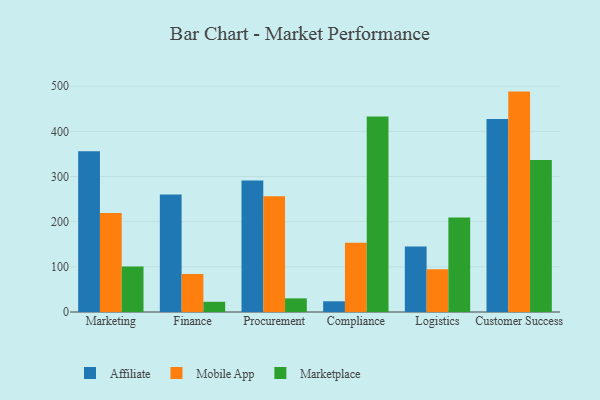
{"axis": {"x": "Department", "y": "Energy Usage (MWh)"}, "legend": ["Affiliate", "Marketplace", "Mobile App"], "data": [{"x": "Marketing", "y": 356.1, "type": "Affiliate"}, {"x": "Marketing", "y": 219.3, "type": "Mobile App"}, {"x": "Marketing", "y": 100.5, "type": "Marketplace"}, {"x": "Finance", "y": 260.3, "type": "Affiliate"}, {"x": "Finance", "y": 84.1, "type": "Mobile App"}, {"x": "Finance", "y": 22.6, "type": "Marketplace"}, {"x": "Procurement", "y": 291.3, "type": "Affiliate"}, {"x": "Procurement", "y": 256.3, "type": "Mobile App"}, {"x": "Procurement", "y": 30.2, "type": "Marketplace"}, {"x": "Compliance", "y": 23.7, "type": "Affiliate"}, {"x": "Compliance", "y": 153.4, "type": "Mobile App"}, {"x": "Compliance", "y": 433.0, "type": "Marketplace"}, {"x": "Logistics", "y": 144.9, "type": "Affiliate"}, {"x": "Logistics", "y": 94.6, "type": "Mobile App"}, {"x": "Logistics", "y": 209.2, "type": "Marketplace"}, {"x": "Customer Success", "y": 427.4, "type": "Affiliate"}, {"x": "Customer Success", "y": 488.0, "type": "Mobile App"}, {"x": "Customer Success", "y": 336.7, "type": "Marketplace"}]}